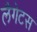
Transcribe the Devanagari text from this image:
लैगेटस